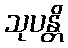
သုပန္တိ